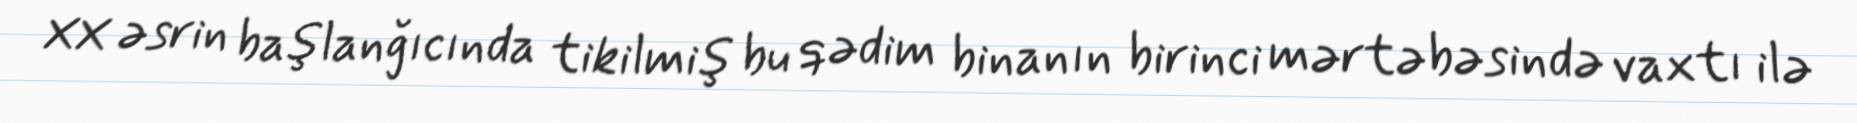
XX əsrin başlanğıcında tikilmiş bu qədim binanın birinci mərtəbəsində vaxtı ilə